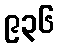
၉၃၆